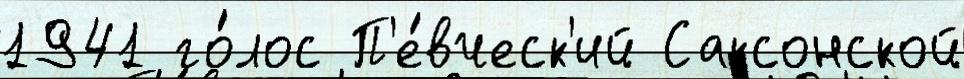
1941 го́лос П'е́вческ'ий Саксонской